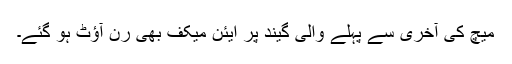
میچ کی آخری سے پہلے والی گیند پر ایئن میکف بھی رن آؤٹ ہو گئے۔